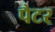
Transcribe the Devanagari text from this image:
पैटर